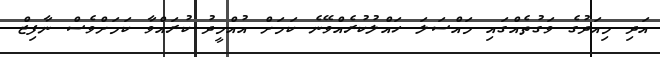
އަދި މިއަދުގެ ވަގުތެއްގައި މައްސަލަ ހައްލުކުރެއްވޭނެ ކަމަށް އުއްމީދު ކުރައްވާ ކަމަށްވެސް ނާފިޒް